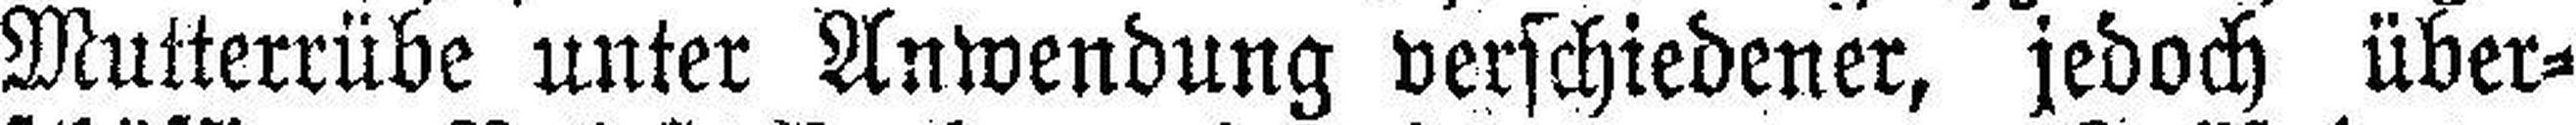
Mutterrübe unter Anwendung verschiedener, jedoch über¬